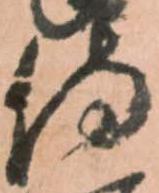
侍